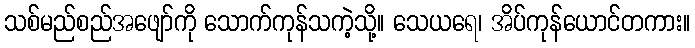
သစ်မည်စည်အဖျော်ကို သောက်ကုန်သကဲ့သို့။ သေယရေ၊ အိပ်ကုန်ယောင်တကား။